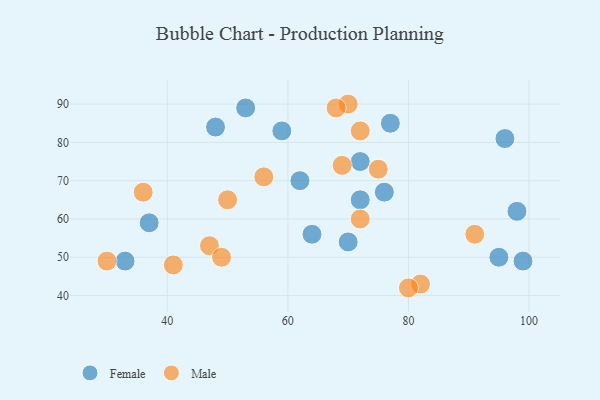
{"axis": {"x": "GDP", "y": "Life Expectancy"}, "legend": ["Female", "Male"], "data": [{"x": "33", "y": 49, "type": "Female"}, {"x": "72", "y": 75, "type": "Female"}, {"x": "99", "y": 49, "type": "Female"}, {"x": "53", "y": 89, "type": "Female"}, {"x": "59", "y": 83, "type": "Female"}, {"x": "37", "y": 59, "type": "Female"}, {"x": "98", "y": 62, "type": "Female"}, {"x": "72", "y": 65, "type": "Female"}, {"x": "76", "y": 67, "type": "Female"}, {"x": "48", "y": 84, "type": "Female"}, {"x": "70", "y": 54, "type": "Female"}, {"x": "77", "y": 85, "type": "Female"}, {"x": "64", "y": 56, "type": "Female"}, {"x": "96", "y": 81, "type": "Female"}, {"x": "62", "y": 70, "type": "Female"}, {"x": "95", "y": 50, "type": "Female"}, {"x": "47", "y": 53, "type": "Male"}, {"x": "72", "y": 83, "type": "Male"}, {"x": "49", "y": 50, "type": "Male"}, {"x": "75", "y": 73, "type": "Male"}, {"x": "82", "y": 43, "type": "Male"}, {"x": "91", "y": 56, "type": "Male"}, {"x": "72", "y": 60, "type": "Male"}, {"x": "69", "y": 74, "type": "Male"}, {"x": "36", "y": 67, "type": "Male"}, {"x": "30", "y": 49, "type": "Male"}, {"x": "41", "y": 48, "type": "Male"}, {"x": "56", "y": 71, "type": "Male"}, {"x": "80", "y": 42, "type": "Male"}, {"x": "50", "y": 65, "type": "Male"}, {"x": "70", "y": 90, "type": "Male"}, {"x": "68", "y": 89, "type": "Male"}]}